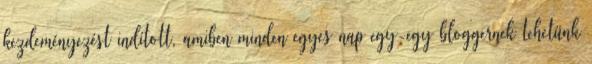
kezdeményezést indított, amiben minden egyes nap egy-egy bloggernek tehetünk